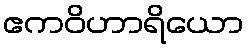
ဧကဝိဟာရိယော